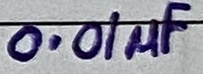
Text: 0.01µF